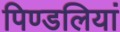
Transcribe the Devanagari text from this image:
पिण्डलियां